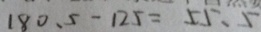
1 8 0 . 5 - 1 2 5 = 5 5 . 5